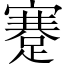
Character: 蹇